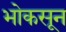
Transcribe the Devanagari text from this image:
भोकसून